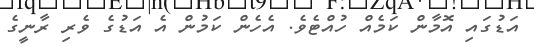
އަޑުގައި އޮމާން ކަމެއް ހުއްޓެވެ. އެހެން ކަމުން އެ އަޑުގެ ވެރި ރާނީގެ